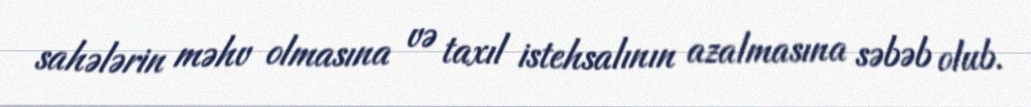
sahələrin məhv olmasına və taxıl istehsalının azalmasına səbəb olub.